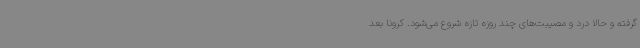
گرفته و حالا درد و مصیبت‌های چند روزه تازه شروع می‌شود. کرونا بعد